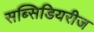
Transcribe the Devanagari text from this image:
सब्सिडियरीज